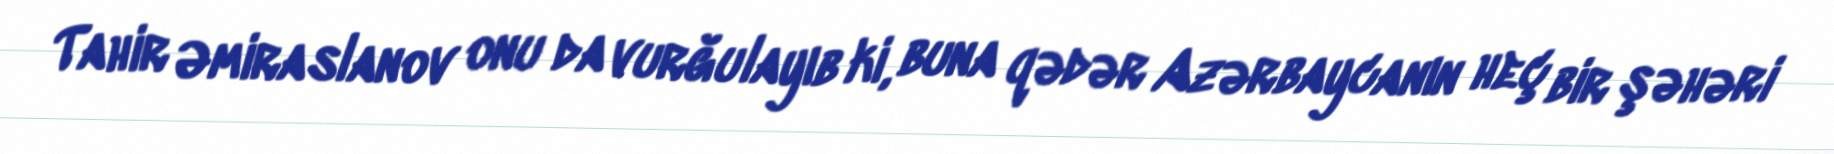
Tahir Əmiraslanov onu da vurğulayıb ki, buna qədər Azərbaycanın heç bir şəhəri